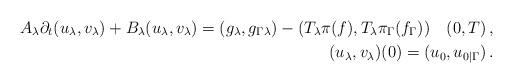
LaTeX: \begin{align*} A_\lambda\partial_t(u_\lambda,v_\lambda) + B_\lambda(u_\lambda,v_\lambda)= (g_\lambda,g_{\Gamma\lambda}) - (T_\lambda\pi(f), T_\lambda\pi_\Gamma(f_\Gamma))\quad (0,T)\,,\\ (u_\lambda, v_\lambda)(0) = (u_0, u_{0|\Gamma})\,.\end{align*}